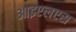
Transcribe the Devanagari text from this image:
आइएलएस